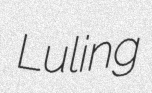
Luling